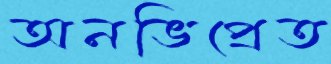
অনভিপ্রেত